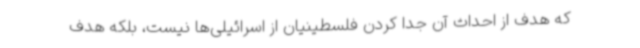
که هدف از احداث آن جدا کردن فلسطینیان از اسرائیلی‌ها نیست، بلکه هدف